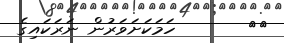
٦٤       ހަމަކަށަވަރުން ނަރަކައިގެ